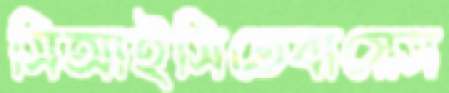
সিআইসিতেবায়েস